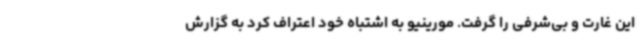
این غارت و بی‌شرفی را گرفت. مورینیو به اشتباه خود اعتراف کرد به گزارش